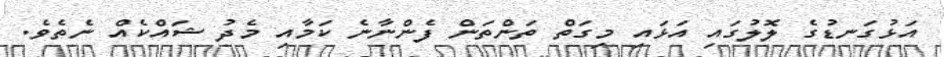
އަޅުގަނޑުގެ ލޮލުގައި އަޅައި މިގަތް ތަންތަން ފެންނާނެ ކަމާއި މެދު ޝައްކެއް ނެތެވެ.